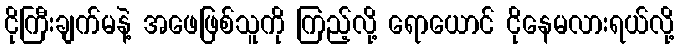
ငိုကြီးချက်မနဲ့ အဖေဖြစ်သူကို ကြည့်လို့ ရောယောင် ငိုနေမလားရယ်လို့